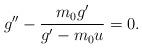
LaTeX: \begin{align*}g^{\prime \prime }-\frac{m_{0}g^{\prime }}{g^{\prime }-m_{0}u}=0. \end{align*}